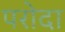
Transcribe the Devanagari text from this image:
परोदा